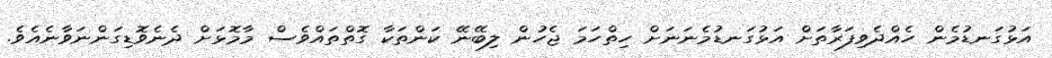
އަޅުގަނޑުމެން ހެއްދެވިފަރާތަށް އަޅުގަނޑުމެނަނަށް ހިތްހަމަ ޖެހުން ލިބޭނޭ ކަންތަކާ ގޮތްތައްވެސް މާމޮޅަށް ދެނެވޮޑިގަންނަވާނެއެވެ.